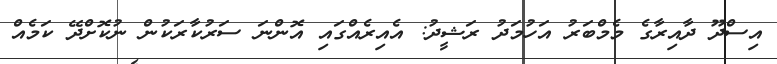
އިސްދޫ ދާއިރާގެ މެމްބަރު އަހުމަދު ރަޝީދު: އެއިރެއްގައި އޮންނަ ސަރުކާރަކުން ނުކޮށްދޭ ކަމެއް